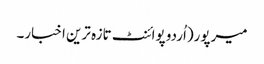
میرپور(اُردو پوائنٹ تازہ ترین اخبار۔